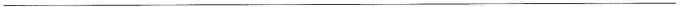
___